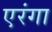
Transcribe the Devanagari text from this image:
एरंगा